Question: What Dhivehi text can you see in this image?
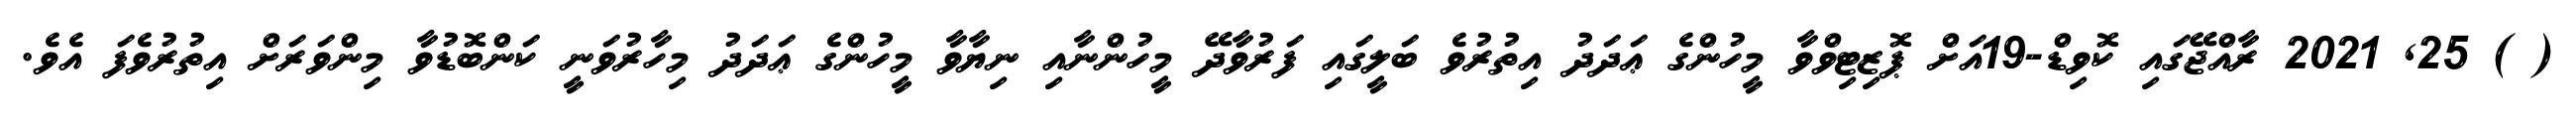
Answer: ( ) 25, 2021 ރާއްޖޭގައި ކޮވިޑް-19އަށް ޕޮޒިޓިވްވާ މީހުންގެ ޢަދަދު އިތުރުވެ ބަލީގައި ފަރުވާދޭ މީހުންނާއި ނިޔާވާ މީހުންގެ ޢަދަދު މިހާރުވަނީ ކަންބޮޑުވާ މިންވަރަށް އިތުރުވެފަ އެވެ.